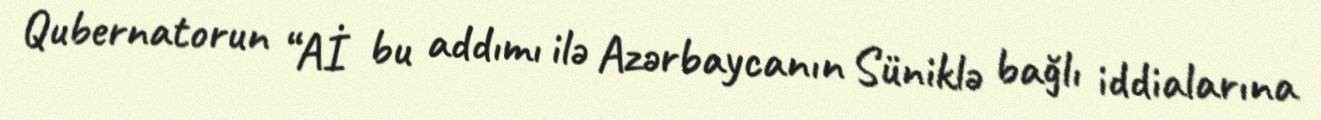
Qubernatorun “Aİ bu addımı ilə Azərbaycanın Süniklə bağlı iddialarına